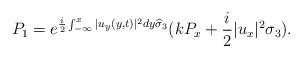
LaTeX: \begin{align*}&P_1=e^{\frac{i}{2} \int_{-\infty}^x|u_y(y, t)|^2 dy \widehat{\sigma}_{3}}(k P_x+\frac{i}{2} |u_x|^2 \sigma_{3}).\end{align*}